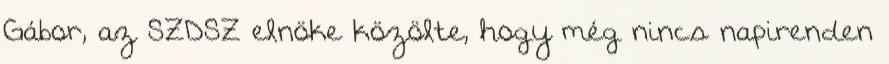
Gábor, az SZDSZ elnöke közölte, hogy még nincs napirenden